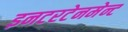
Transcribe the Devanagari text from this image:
इनटरटेनमेन्ट